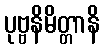
ပုဗ္ဗနိမိတ္တာနိ